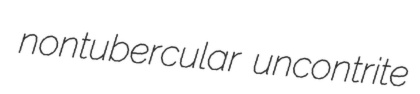
nontubercular uncontrite